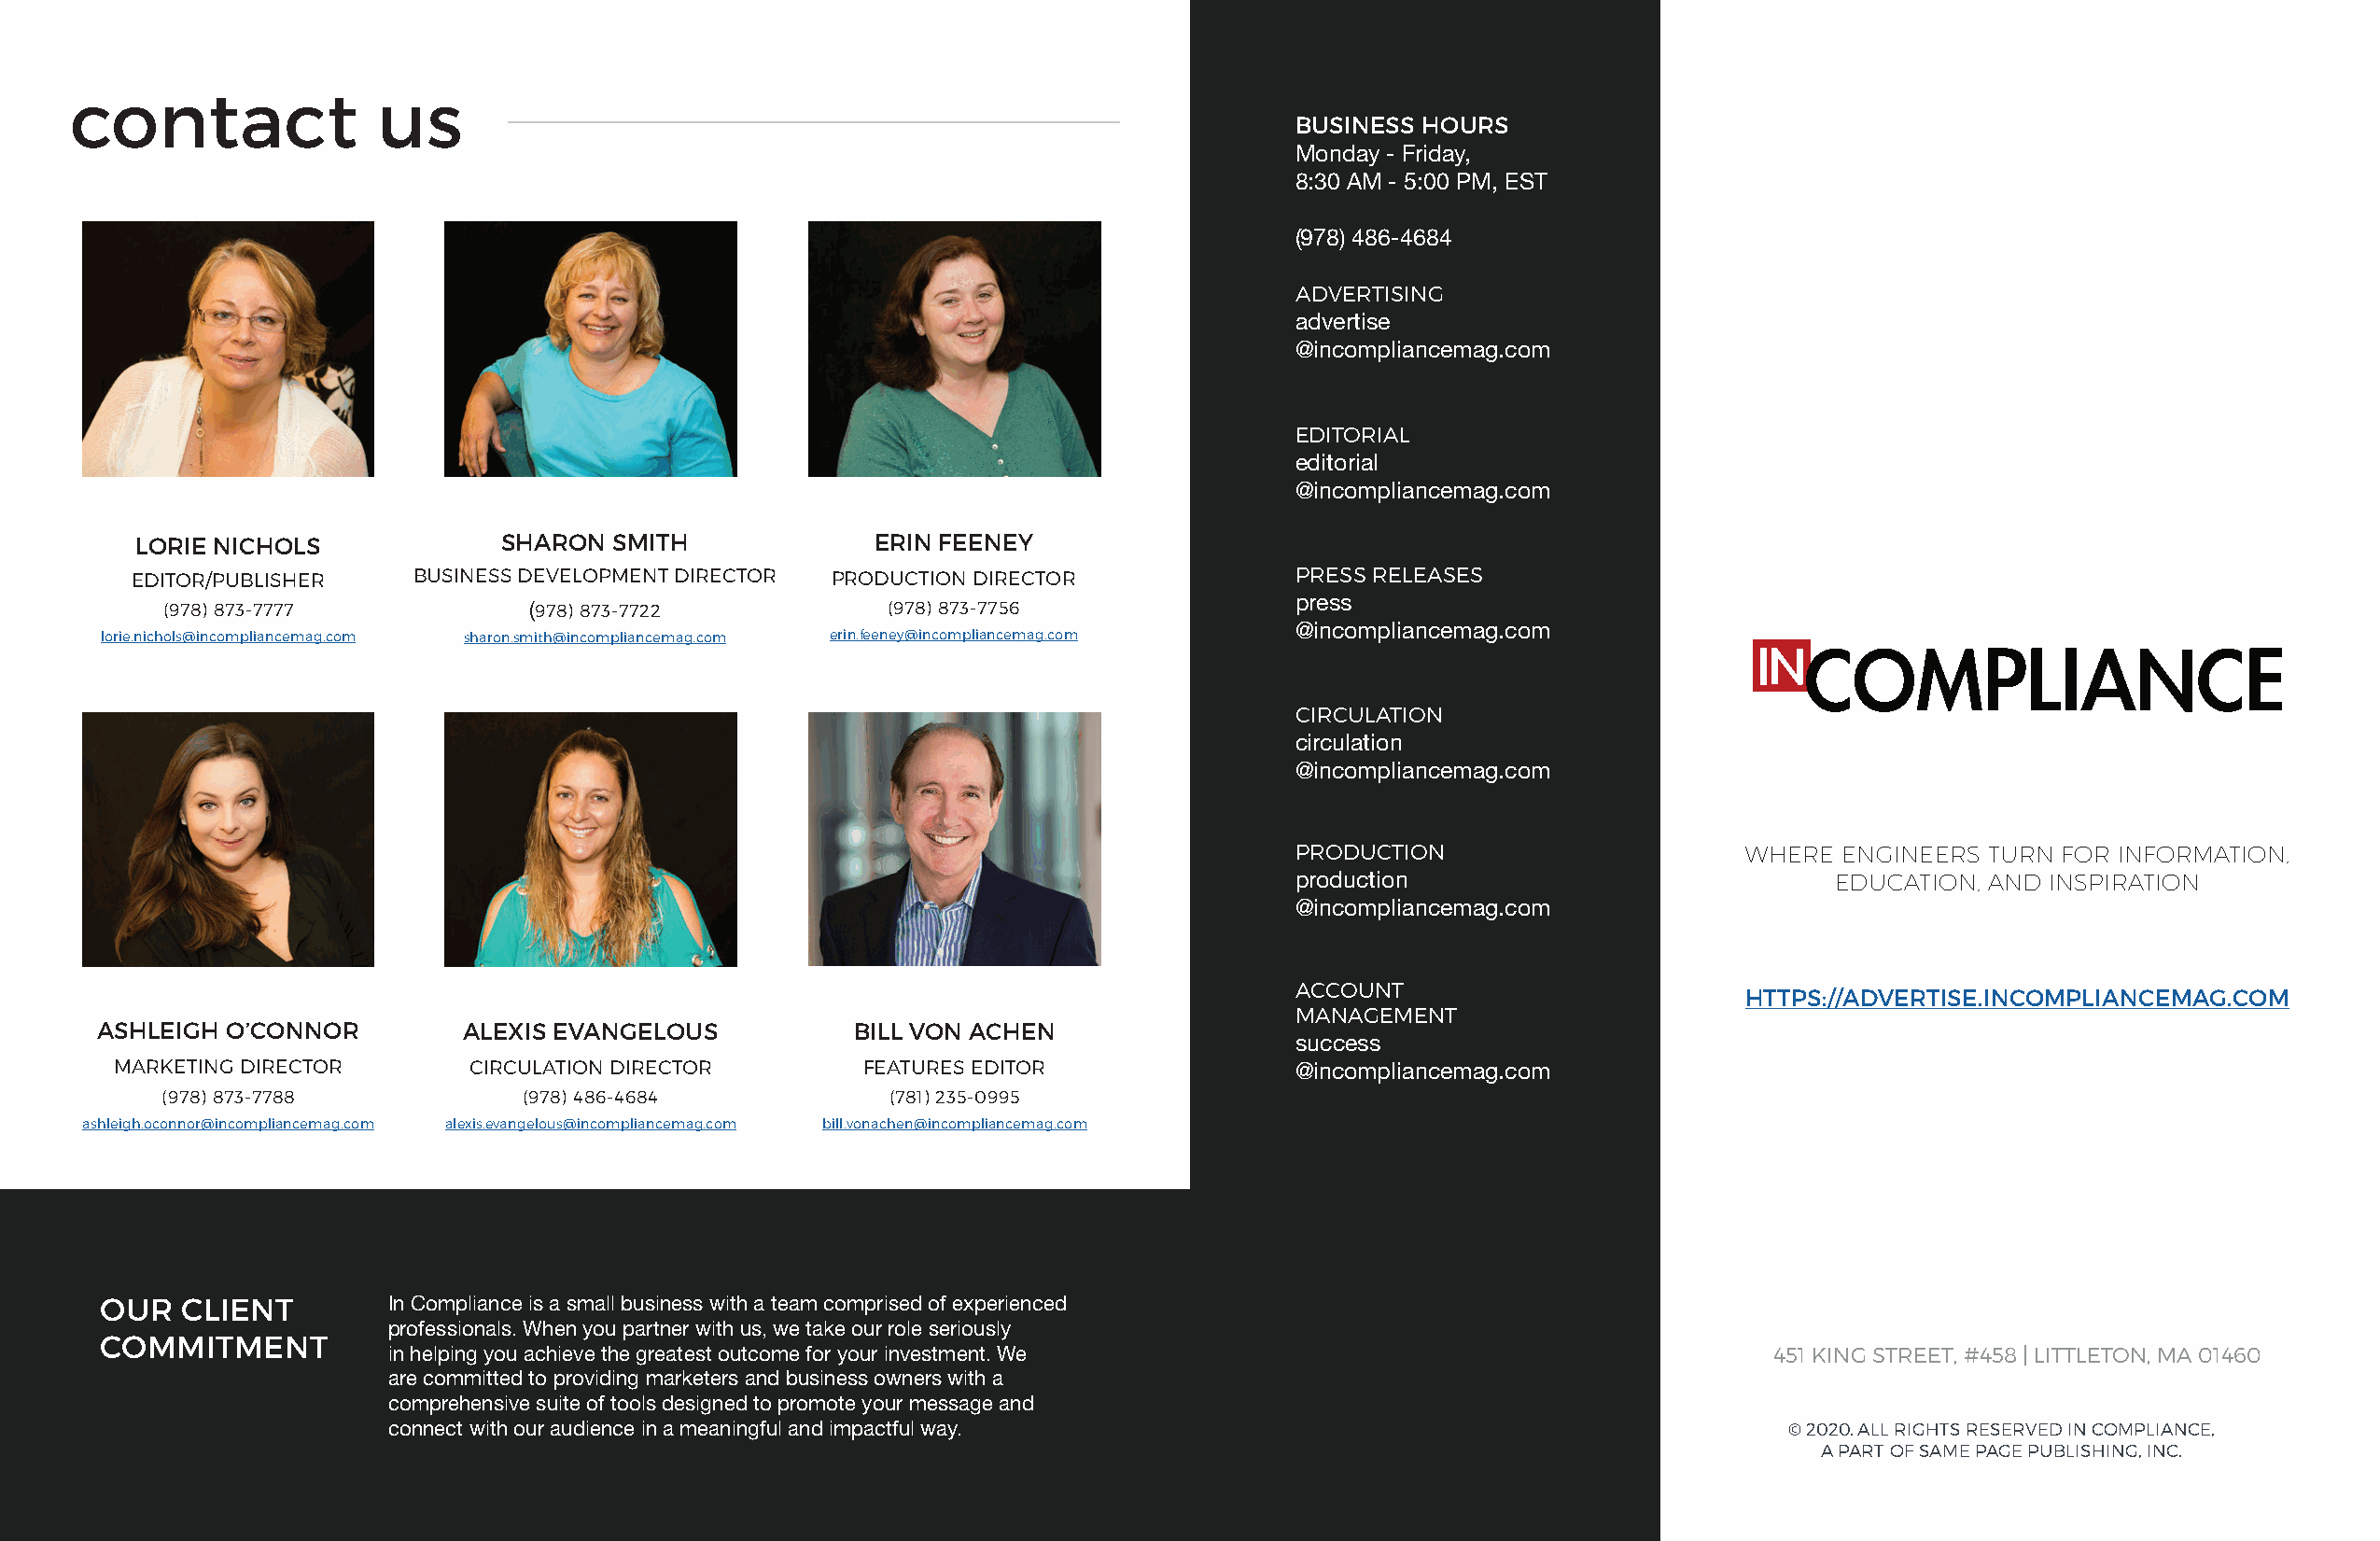
contact               us
 BUSINESS HOURS
 Monday - Friday,
 8:30 AM - 5:00 PM, EST
 (978) 486-4684
 ADVERTISING
 advertise
 @incompliancemag.com
 EDITORIAL
 editorial
 @incompliancemag.com
 LORIE NICHOLS             SHARON SMITH              ERIN FEENEY
 EDITOR/PUBLISHER    BUSINESS DEVELOPMENT DIRECTOR PRODUCTION DIRECTOR              PRESS RELEASES
 (978) 873-7777            (978) 873-7722           (978) 873-7756               press
 lorie .nichols@incompliancemag .com sharon .smith@incompliancemag .com erin .feeney@incompliancemag .com @incompliancemag.com
 CIRCULATION
 circulation
 @incompliancemag.com
 PRODUCTION                      WHERE  ENGINEERS TURN FOR INFORMATION,
 production                            EDUCATION, AND INSPIRATION
 @incompliancemag.com
 ACCOUNT
 HTTPS://ADVERTISE.INCOMPLIANCEMAG.COM
 MANAGEMENT
 ASHLEIGH O’CONNOR         ALEXIS EVANGELOUS           BILL VON ACHEN
 success
 MARKETING DIRECTOR       CIRCULATION DIRECTOR        FEATURES EDITOR
 @incompliancemag.com
 (978) 873-7788            (978) 486-4684            (781) 235-0995
 ashleigh .oconnor@incompliancemag .com alexis .evangelous@incompliancemag .com bill .vonachen@incompliancemag .com
 OUR   CLIENT         In Compliance is a small business with a team comprised of experienced
 professionals. When you partner with us, we take our role seriously
 COMMITMENT
 in helping you achieve the greatest outcome for your investment. We                               451 KING STREET, #458 | LITTLETON, MA 01460
 are committed to providing marketers and business owners with a
 comprehensive suite of tools designed to promote your message and
 connect with our audience in a meaningful and impactful way.                                       © 2020 . ALL RIGHTS RESERVED IN COMPLIANCE,
 A PART OF SAME PAGE PUBLISHING, INC .